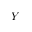
Y